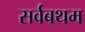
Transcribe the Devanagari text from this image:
सर्वबथम